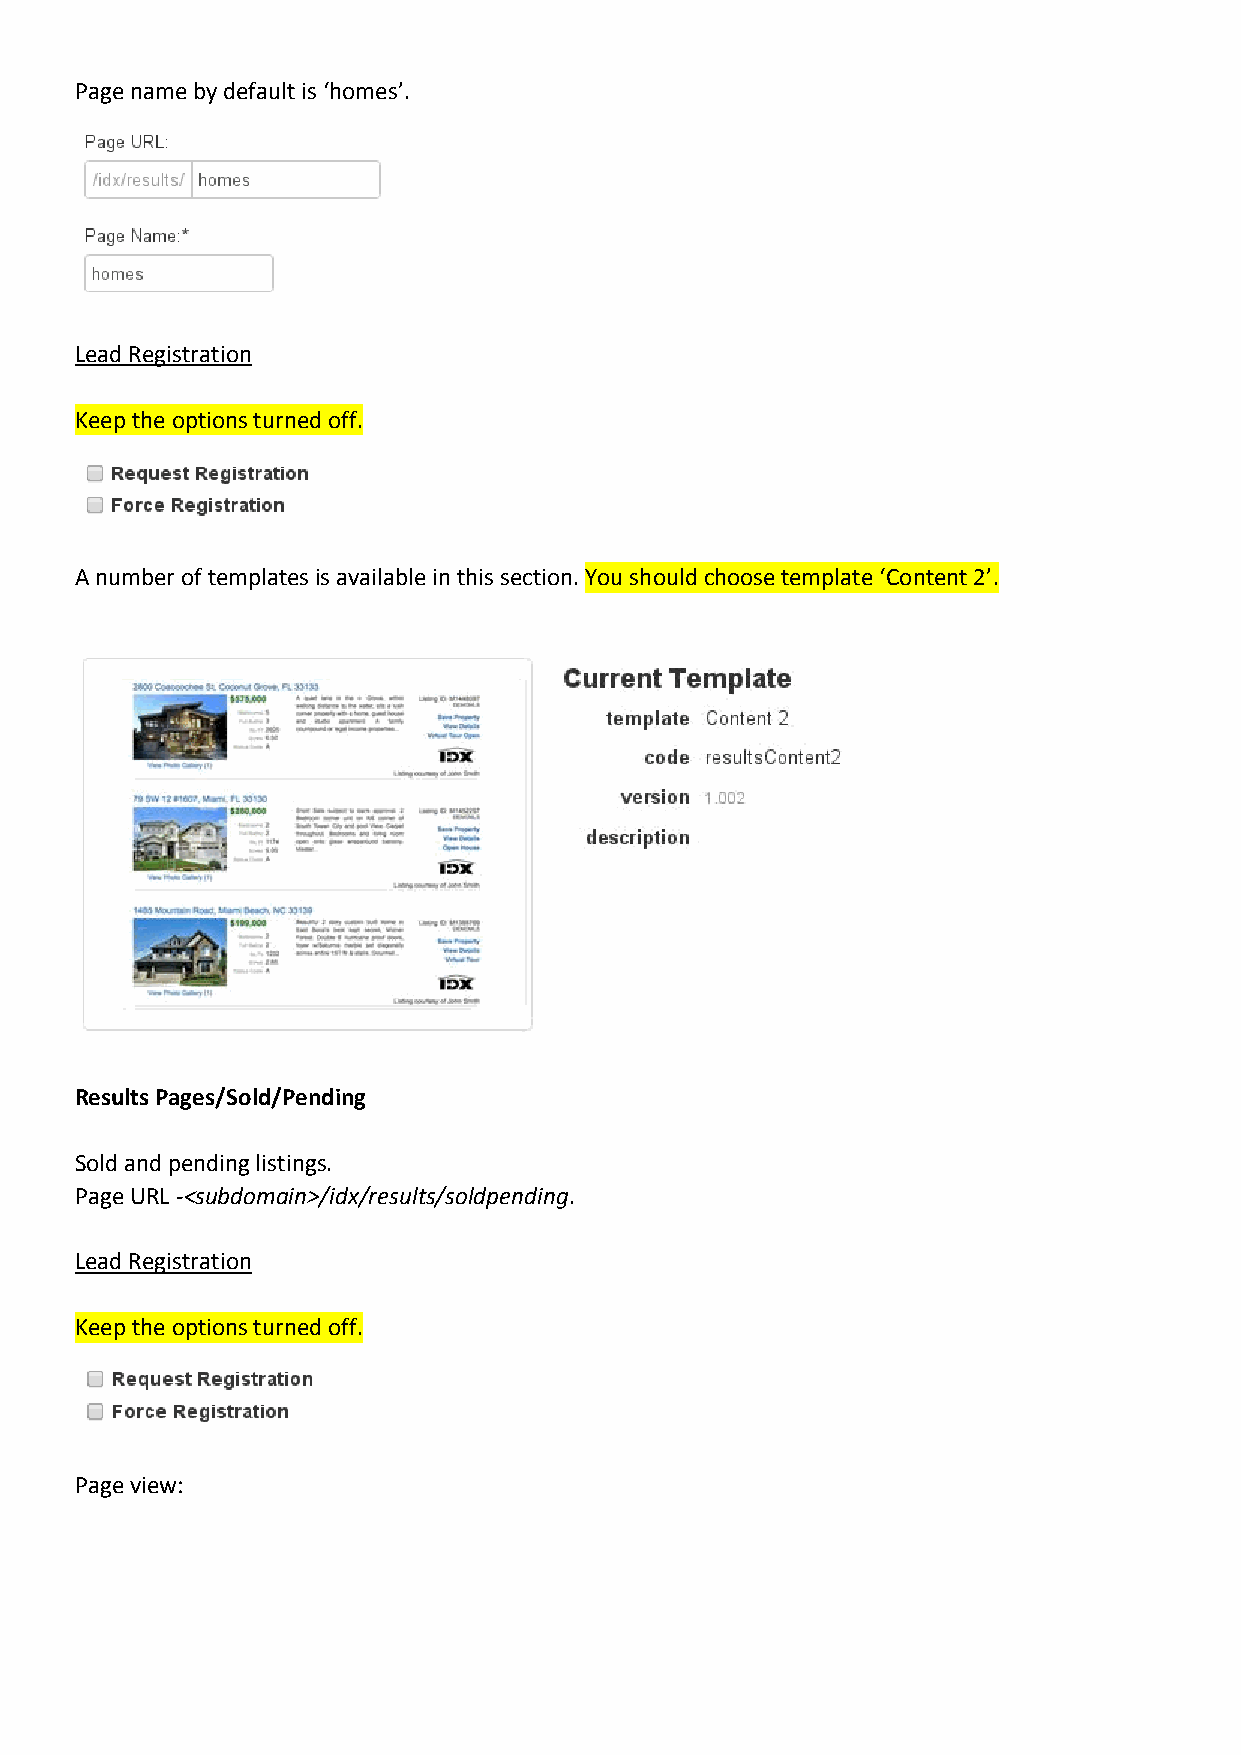
Page name by default is ‘homes’.
 Lead Registration
 Keep the options turned off.
 A number of templates is available in this section. You should choose template ‘Content 2’.
 Results Pages/Sold/Pending
 Sold and pending listings.
 Page URL -<subdomain>/idx/results/soldpending.
 Lead Registration
 Keep the options turned off.
 Page view: